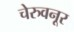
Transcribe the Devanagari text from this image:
चेरुवनूर